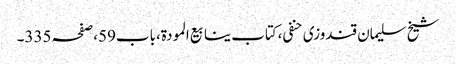
شیخ سلیمان قندوزی حنفی،کتاب ینابیع المودة،باب59،صفحہ335۔